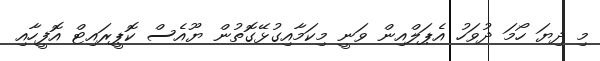
މި ދިޔަ ހޯމަ ދުވަހު އެޕަލްއިން ވަނީ މިކަމާއިގުޅޭގޮތުން ޔޫއެސް ކޮޕީރައިޓް އޮފީހާއި